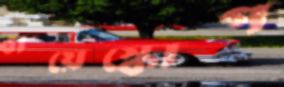
বায়েস্কোপ